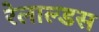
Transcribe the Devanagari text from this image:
रेलाल्डस